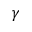
\gamma